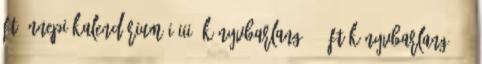
Ft Ünnepi kalendárium I-III. Könyvbarlang 324 Ft Könyvbarlang 360